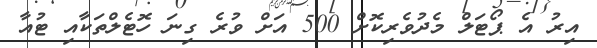
އިރު އެ ޕޯޓަލް މެދުވެރިކޮށް 500 އަށް ވުރެ ގިނަ ހޮޓެލްތަކާއި ޓުއާ